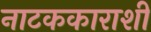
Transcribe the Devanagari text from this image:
नाटककाराशी